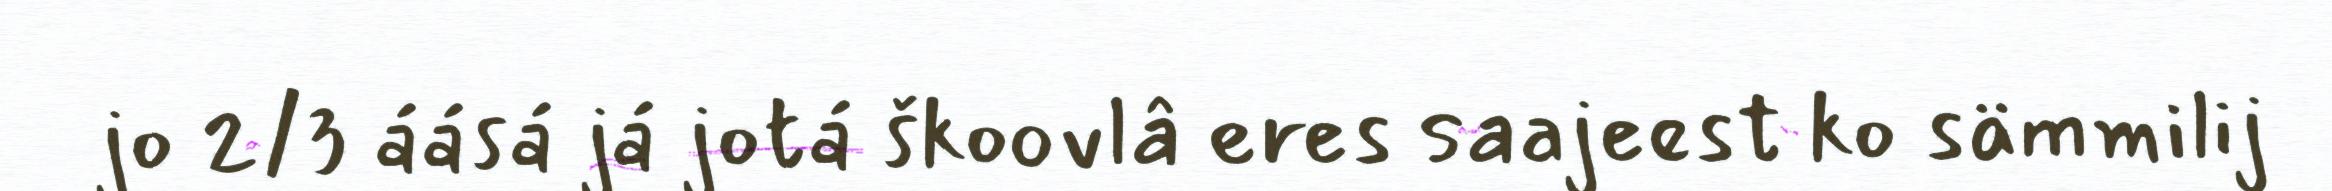
jo 2/3 áásá já jotá škoovlâ eres saajeest ko sämmilij